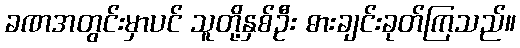
ခဏအတွင်းမှာပင် သူတို့နှစ်ဦး ဓားချင်းခုတ်ကြသည်။